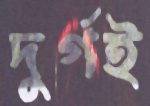
দুর্গই